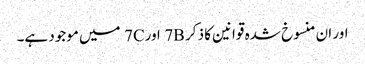
اور ان منسوخ شدہ قوانین کا ذکر 7B اور7C میں موجود ہے۔